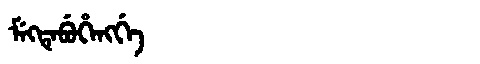
Manchu: ᠮᡝᡴᡨᡝᠪᡠᡥᡝᠩᡤᡝ
Romanization: MEKTEBUHENGGE